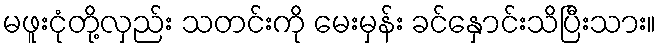
မဖူးငုံတို့လှည်း သတင်းကို မေးမှန်း ခင်နှောင်းသိပြီးသား။